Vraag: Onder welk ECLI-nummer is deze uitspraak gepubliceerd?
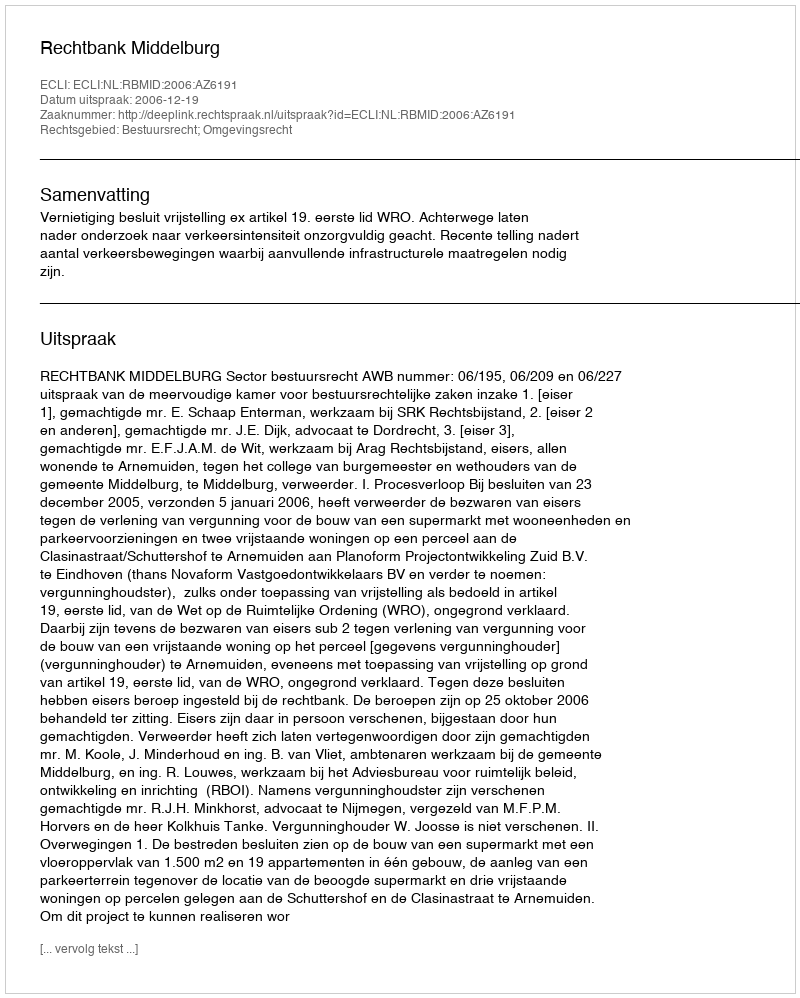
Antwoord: ECLI:NL:RBMID:2006:AZ6191